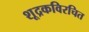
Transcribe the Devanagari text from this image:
शूद्रकविरचित